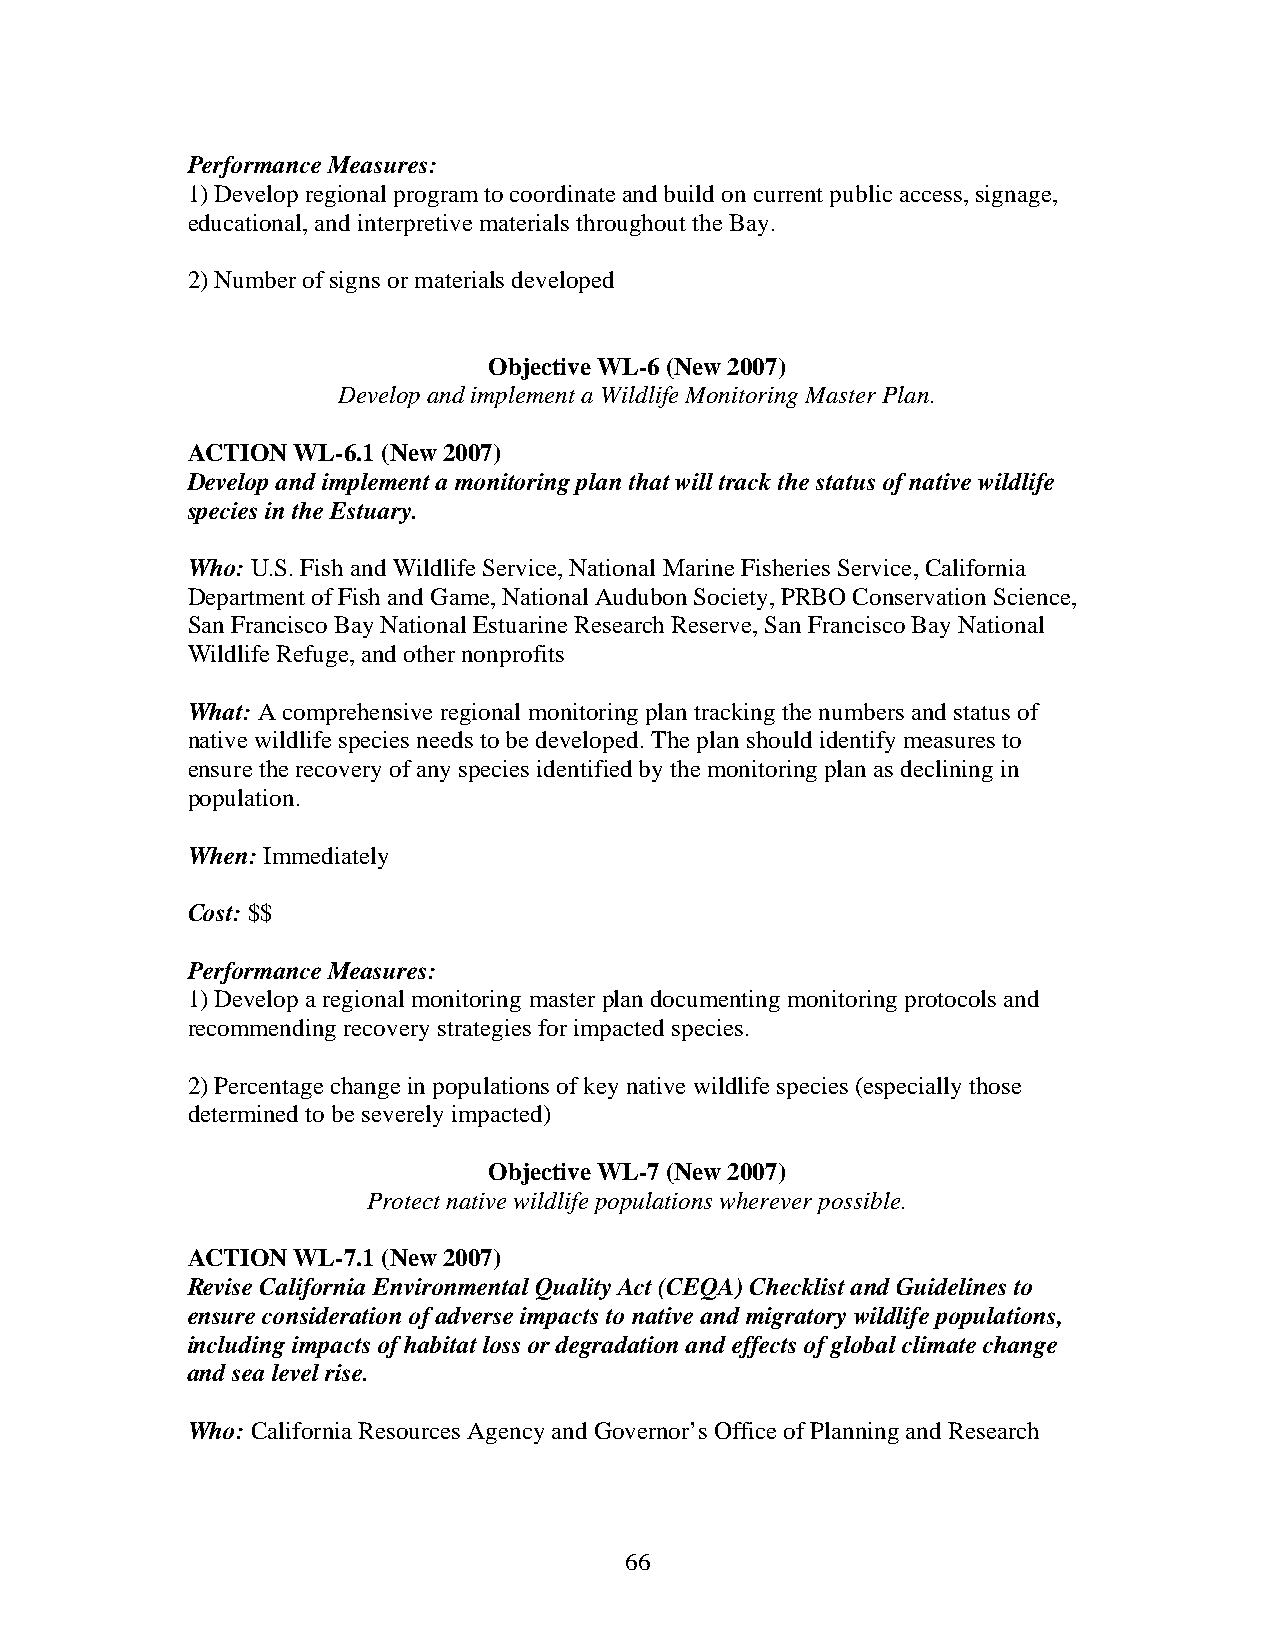
Performance Measures:
 1) Develop regional program to coordinate and build on current public access, signage,
 educational, and interpretive materials throughout the Bay.
 2) Number of signs or materials developed
 Objective WL-6 (New 2007)
 Develop and implement a Wildlife Monitoring Master Plan.
 ACTION WL-6.1 (New 2007)
 Develop and implement a monitoring plan that will track the status of native wildlife
 species in the Estuary.
 Who: U.S. Fish and Wildlife Service, National Marine Fisheries Service, California
 Department of Fish and Game, National Audubon Society, PRBO Conservation Science,
 San Francisco Bay National Estuarine Research Reserve, San Francisco Bay National
 Wildlife Refuge, and other nonprofits
 What: A comprehensive regional monitoring plan tracking the numbers and status of
 native wildlife species needs to be developed. The plan should identify measures to
 ensure the recovery of any species identified by the monitoring plan as declining in
 population.
 When: Immediately
 Cost: $$
 Performance Measures:
 1) Develop a regional monitoring master plan documenting monitoring protocols and
 recommending recovery strategies for impacted species.
 2) Percentage change in populations of key native wildlife species (especially those
 determined to be severely impacted)
 Objective WL-7 (New 2007)
 Protect native wildlife populations wherever possible.
 ACTION WL-7.1 (New 2007)
 Revise California Environmental Quality Act (CEQA) Checklist and Guidelines to
 ensure consideration of adverse impacts to native and migratory wildlife populations,
 including impacts of habitat loss or degradation and effects of global climate change
 and sea level rise.
 Who: California Resources Agency and Governor’s Office of Planning and Research
 66